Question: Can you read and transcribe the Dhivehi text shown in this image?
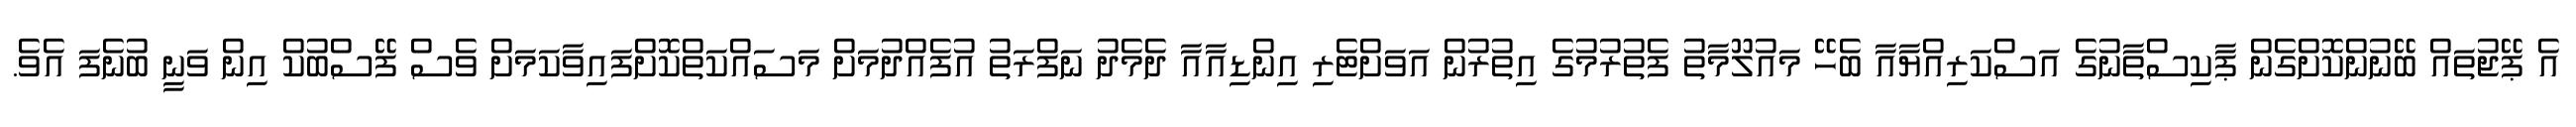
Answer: އެ ޕޭޖުތައް ބޭނުންކޮށްގެން ޕާކިސްތާނުގެ އަސްކަރިއްޔާއާ ބެހޭ މައުލޫމާތު ފެތުރުމުގެ އިތުރުން އަވަށްޓެރި އިންޑިއާއާ ދެމެދު ނަފްރަތު އުފެއްދުމަށް މަސައްކަތްކޮށްފައިވާކަމަށް ވެސް ފޭސްބުކް އިން ވަނީ ބުނެފަ އެވެ.